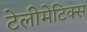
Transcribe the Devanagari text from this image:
टेलीमेटिक्स